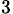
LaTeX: _3